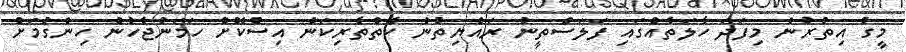
މީގެ އިތުރުން މިފަދަ ހާލަތެއްގައި ފަލަސްތީނު ރައްޔިތުން ކެތްތެރިކަން އިސްކޮށް ހަމަނުޖެހުން ހިންގުމަށް